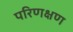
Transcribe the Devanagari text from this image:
परिणक्षण